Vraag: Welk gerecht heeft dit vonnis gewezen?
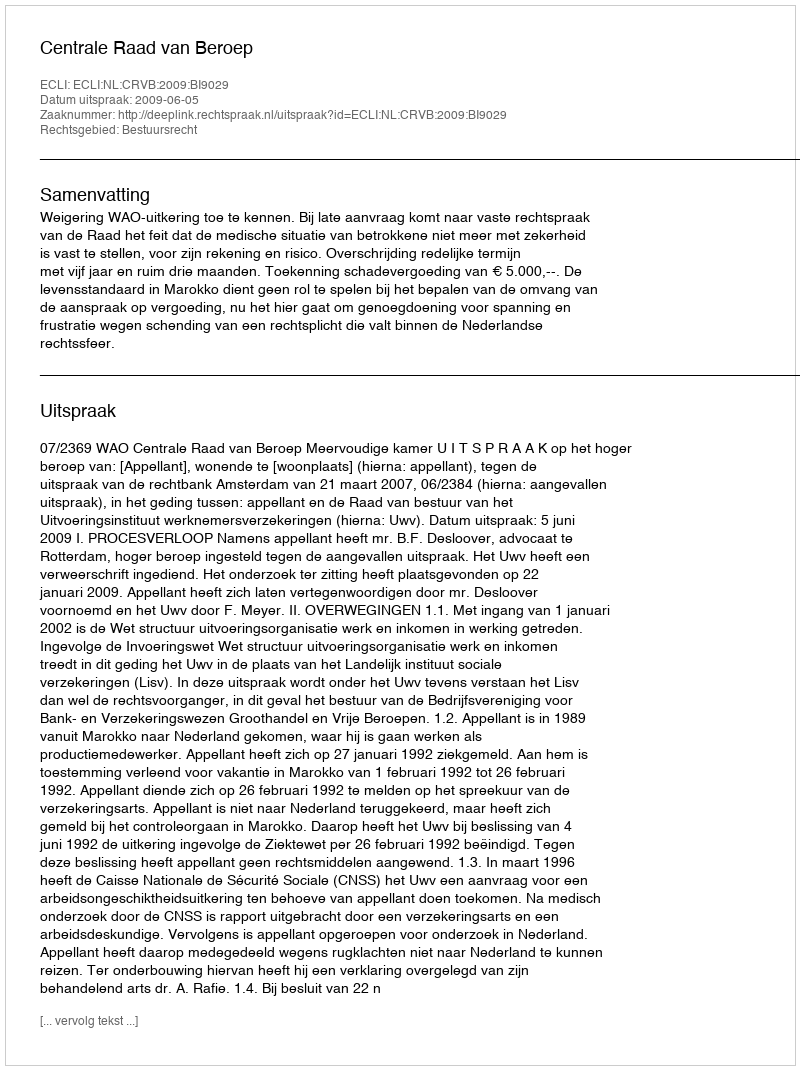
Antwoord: Centrale Raad van Beroep